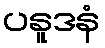
ပနူဒနံ